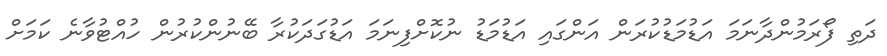
ދަތި ފޯރަމުންދާނަމަ އަޑުމަޑުކުރަން އަންގައި އަޑުމަޑު ނުކޮށްފިނަމަ އަޑުގަދަކުރާ ބޭނުންކުރުން ހުއްޓުވާނެ ކަމަށް